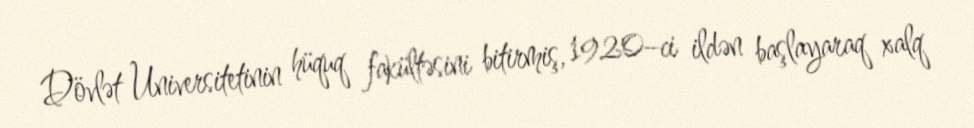
Dövlət Universitetinin hüquq fakültəsini bitirmiş, 1920–ci ildən başlayaraq xalq